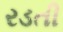
રડતી